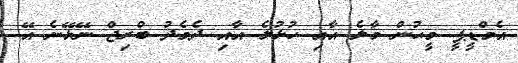
އެމްޑީޕީ މީޙުން މާލެ އާއި ހުޅުލެ އާއި ދެމެދު ބްރިޖް ނޭޅޭނެ އޭ